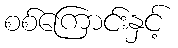
စစ်ကြောင်းနှင့်